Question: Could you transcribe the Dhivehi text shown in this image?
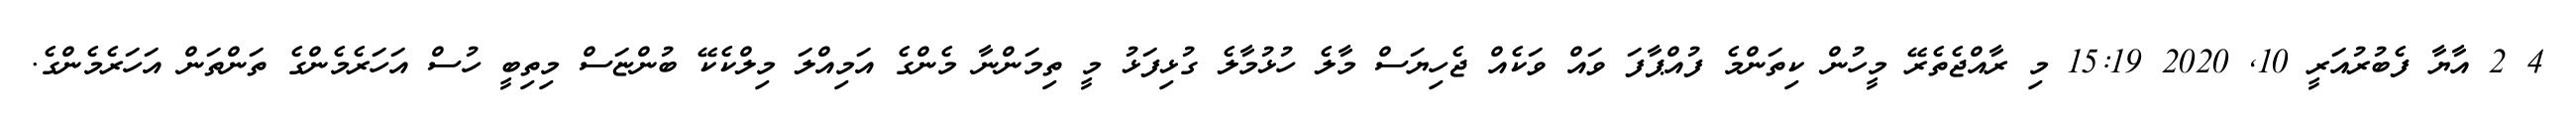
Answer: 4 2 އާޔާ ފެބުރުއަރީ 10, 2020 15:19 މި ރާއްޖެތެރޭ މީހުން ކިތަންމެ ފުއްޕާފަ ވައް ވަކެއް ޖެހިޔަސް މާލެ ހުޅުމާލެ ގުޅިފަޅު މީ ތިމަންނާ މެންގެ އަމިއްލަ މިލްކެކޭ ބުންޏަސް މިތިބީ ހުސް އަހަރެމެންގެ ތަންތަން އަހަރެމެންގެ.